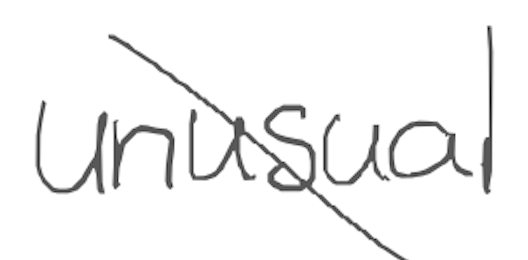
Text: unusual
Cross-out: mix
Writing tool: digital_gray